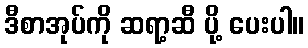
ဒီစာအုပ်ကို ဆရာ့ဆီ ပို့ ပေးပါ။